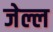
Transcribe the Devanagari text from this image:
जेल्ल